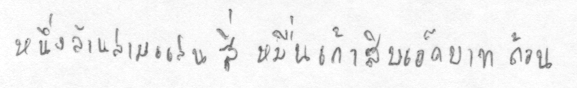
หนึ่งล้านสามแสนสี่หมื่นเก้าสิบเอ็ดบาทถ้วน